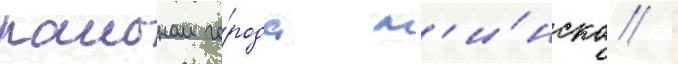
раионом го́рода м'и́нска /